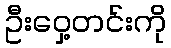
ဦးဝှေ့တင်းကို